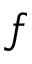
f